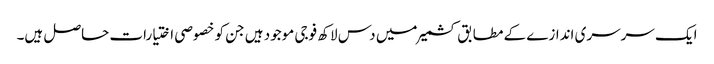
ایک سرسری اندازے کے مطابق کشمیر میں دس لاکھ فوجی موجود ہیں جن کو خصوصی اختیارات حاصل ہیں۔